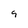
Character: 9